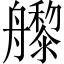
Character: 𬜜